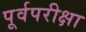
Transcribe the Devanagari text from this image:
पूर्वपरीक्षा